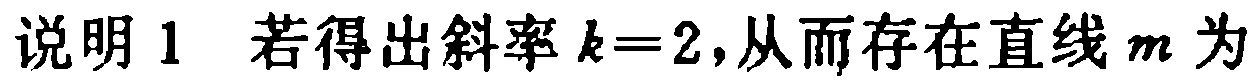
说明 1 若得出斜率 \(k = 2\)，从而存在直线 \(m\) 为